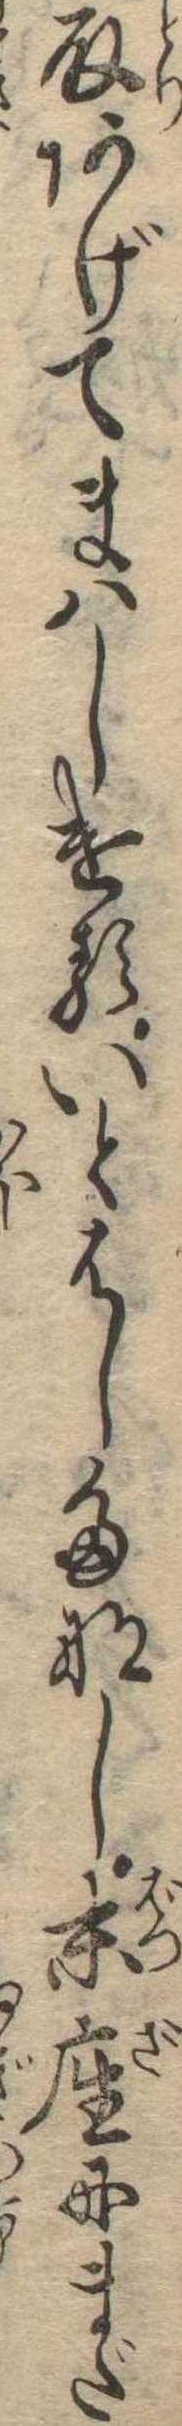
取あげてまはしけるいとはしたなし末座にまだ